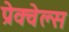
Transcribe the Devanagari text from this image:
प्रेक्वेल्स